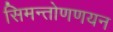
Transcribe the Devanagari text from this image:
सिमन्तोणणयन